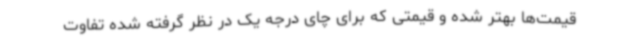
قیمت‌ها بهتر شده و قیمتی که برای چای درجه یک در نظر گرفته شده تفاوت